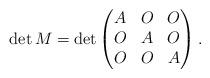
LaTeX: \begin{align*} \det M = \det \begin{pmatrix} A & O & O \\ O & A & O \\ O & O & A \end{pmatrix}. \end{align*}